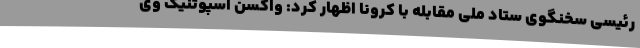
رئیسی سخنگوی ستاد ملی مقابله با کرونا اظهار کرد: واکسن اسپوتنیک وی